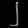
Digit: ၂